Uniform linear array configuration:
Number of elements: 24
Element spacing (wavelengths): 0.5
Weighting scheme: cosine
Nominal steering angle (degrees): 15
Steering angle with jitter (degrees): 14.301
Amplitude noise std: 0.05
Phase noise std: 0.05

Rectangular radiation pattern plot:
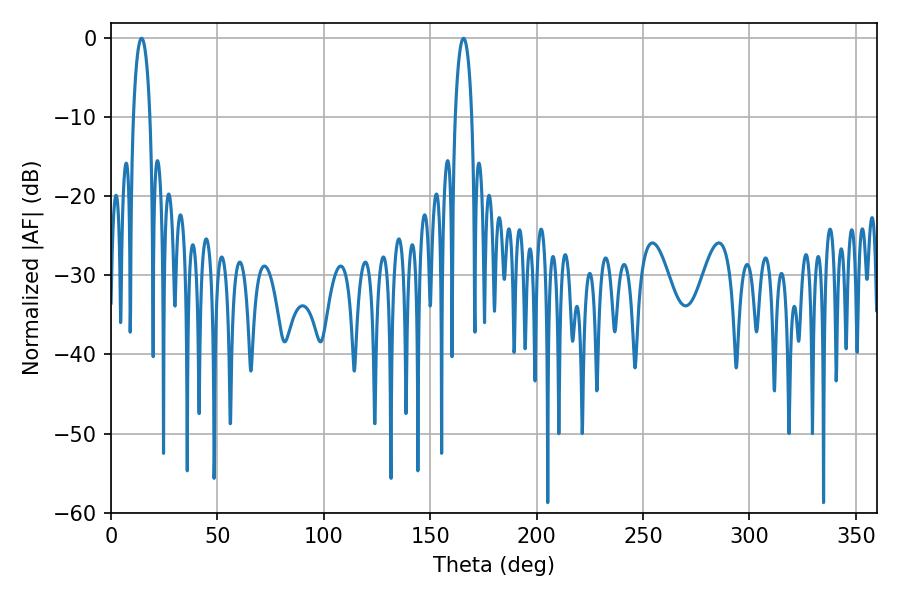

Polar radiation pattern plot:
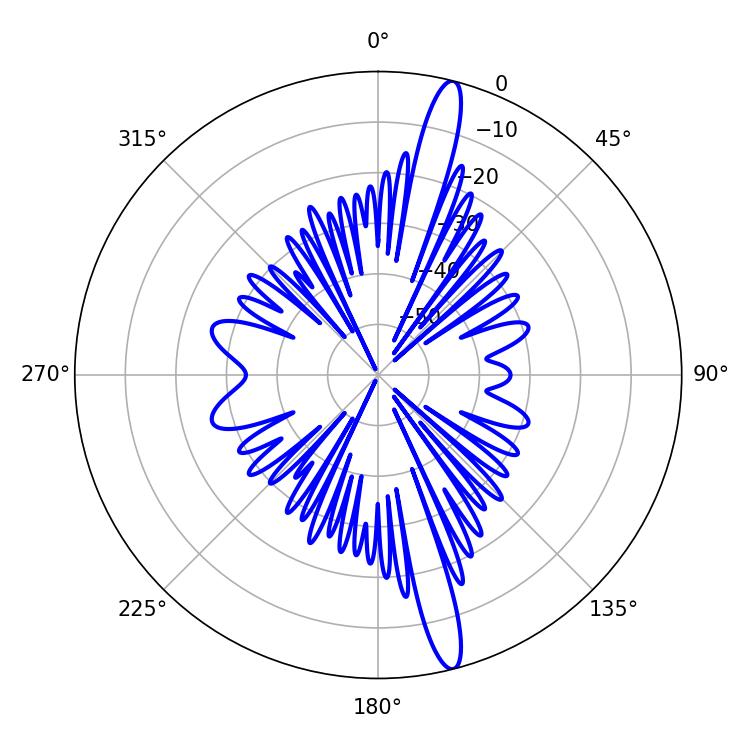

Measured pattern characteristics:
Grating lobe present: FALSE
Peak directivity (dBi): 16.789
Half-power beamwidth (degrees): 4.32
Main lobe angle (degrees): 14.4